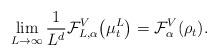
LaTeX: \begin{align*} \lim_{L\to\infty} \frac 1{L^d}\mathcal F_{L,\alpha}^V\bigl(\mu^L_t\bigr) = \mathcal F_\alpha^V(\rho_t). \end{align*}